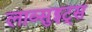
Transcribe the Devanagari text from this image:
लाव्सुइट्स